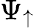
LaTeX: \Psi_{\uparrow}